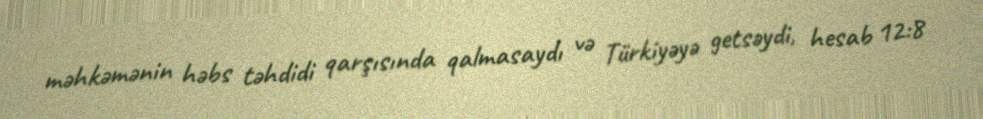
məhkəmənin həbs təhdidi qarşısında qalmasaydı və Türkiyəyə getsəydi, hesab 12:8